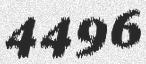
4496